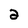
Character: 2